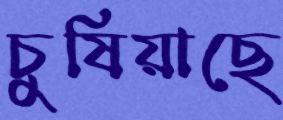
চুষিয়াছে